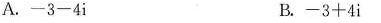
A. -3-4i B. -3+4i